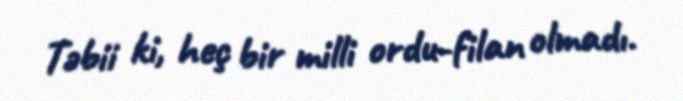
Təbii ki, heç bir milli ordu-filan olmadı.